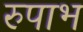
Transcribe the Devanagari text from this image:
रुपाभ